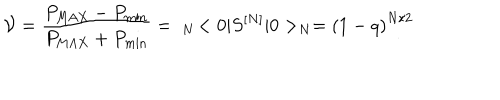
LaTeX: { \cal V } = \frac { P _ { \mathrm { M A X } } - P _ { \mathrm { m i n } } } { P _ { \mathrm { M A X } } + P _ { \mathrm { m i n } } } = \; _ { N } \! < 0 \vert S ^ { [ N ] } \vert 0 > _ { N } = \left( 1 - q \right) ^ { N / 2 }